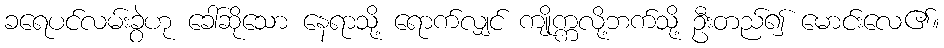
ခရေပင်လမ်းခွဲဟု ခေါ်ဆိုသော နေရာသို့ ရောက်လျှင် ကျိုက္ကလို့ဘက်သို့ ဦးတည်၍ မောင်းလေ၏။